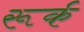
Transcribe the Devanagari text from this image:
रूर्क